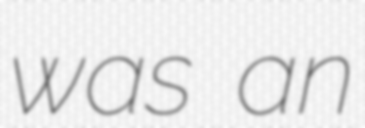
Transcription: was an